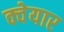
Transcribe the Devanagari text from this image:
क्वेयार